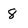
Character: 8